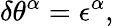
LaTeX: \delta\theta^{\alpha}=\epsilon^{\alpha},